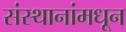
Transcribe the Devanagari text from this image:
संस्थानांमधून